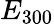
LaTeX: {E_{300}}